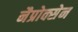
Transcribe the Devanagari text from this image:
नैप्रोक्सेन